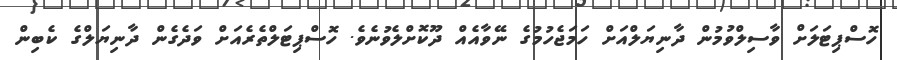
ހޮސްޕިޓަލަށް ވާސިލްވުމުން ދާނިޔަލްއަށް ހަމަޖެހުމުގެ ނޭވާއެއް ދޫކޮށްލެވުނެވެ. ހޮސްޕިޓަލްތެރެއަށް ވަދެގެން ދާނިޔަލްގެ ކެބިން